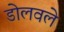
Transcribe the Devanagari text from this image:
डोलवले